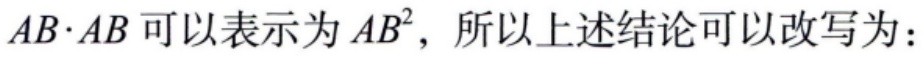
\(AB\cdot AB\)可以表示为\(AB^{2}\)，所以上述结论可以改写为：